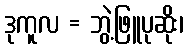
ဒုကူလ = ဘွဲ့ဖြူပုဆိုး၊